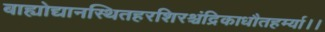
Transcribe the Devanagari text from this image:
बाह्योद्यानस्थितहरशिरश्चंद्रिकाधौतहर्म्या।।